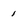
Character: 1